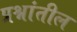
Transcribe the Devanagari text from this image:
प्रश्नांतील